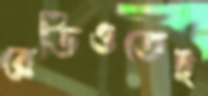
রেডিওতেই